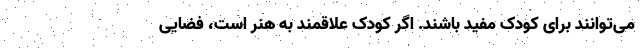
می‌توانند برای کودک مفید باشند. اگر کودک علاقمند به هنر است، فضایی